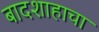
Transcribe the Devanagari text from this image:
बादशाहाचा